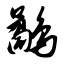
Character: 鹬